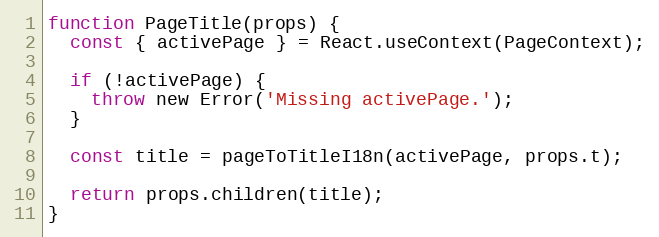
Language: JavaScript
function PageTitle(props) {
  const { activePage } = React.useContext(PageContext);

  if (!activePage) {
    throw new Error('Missing activePage.');
  }

  const title = pageToTitleI18n(activePage, props.t);

  return props.children(title);
}